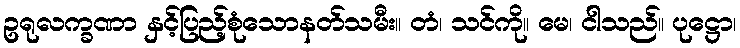
ဥရုလက္ခဏာ နှင့်ပြည့်စုံသောနတ်သမီး။ တံ၊ သင်ကို။ မေ၊ ငါသည်။ ပုဋ္ဌော၊